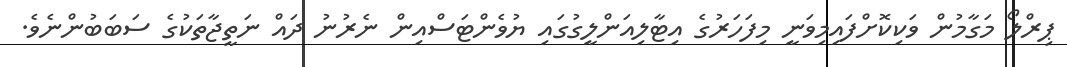
ޕިރްލޯ މަގާމުން ވަކިކޮށްފައިމިވަނީ މިފަހަރުގެ އިޓާލިއަންލީގުގައި ޔުވެންޓަސްއިން ނެރުނު ދައް ނަތީޖާތަކުގެ ސަބަބުންނެވެ.